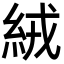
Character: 絨